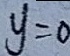
y = 0